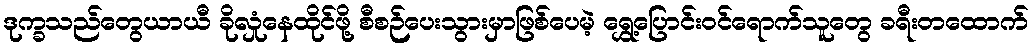
ဒုက္ခသည်တွေယာယီ ခိုလှုံနေထိုင်ဖို့ စီစဉ်ပေးသွားမှာဖြစ်ပေမဲ့ ရွှေ့ပြောင်းဝင်ရောက်သူတွေ ခရီးတထောက်